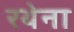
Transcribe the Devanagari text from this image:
रथेना